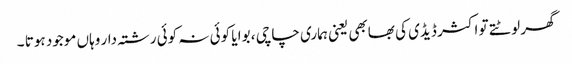
گھر لوٹتے تو اکثر ڈیڈی کی بھابھی یعنی ہماری چاچی ، بوا یا کوئی نہ کوئی رشتہ دار وہاں موجود ہوتا ۔